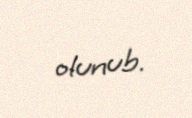
olunub.